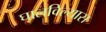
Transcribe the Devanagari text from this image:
घालविल्यास